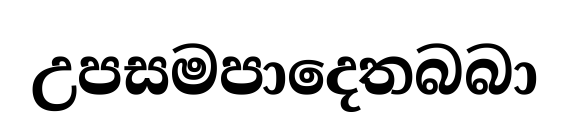
උපසමපාදෙතබබා